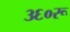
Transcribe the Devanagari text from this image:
३६०रू